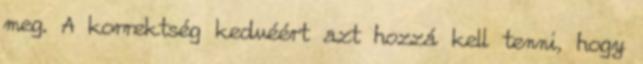
meg. A korrektség kedvéért azt hozzá kell tenni, hogy